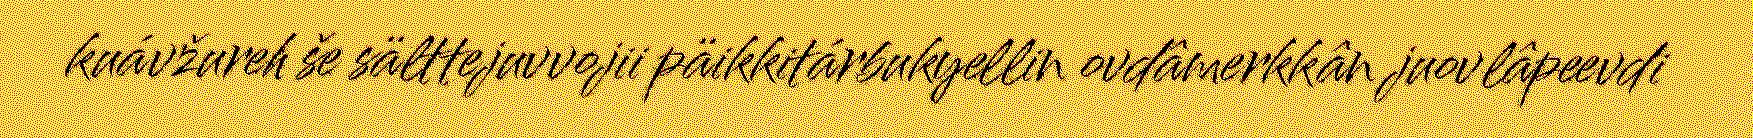
kuávžureh še sälttejuvvojii päikkitárbukyellin ovdâmerkkân juovlâpeevdi